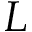
L